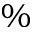
\%